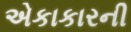
એકાકારની